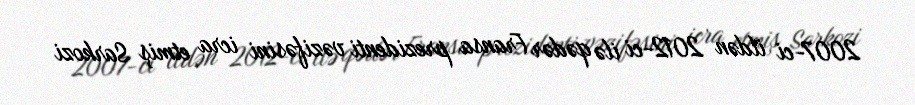
2007-ci ildən 2012-ci ilə qədər Fransa prezidenti vəzifəsini icra etmiş Sarkozi